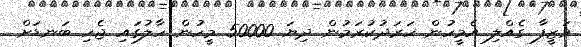
ވަޒީފާ ގެއްލި އެމީހުން ހަރަދުކުރަމުން ދިޔަ 50000 މީހުން ހާލުގައި ޖެހި ބަނޑަށް